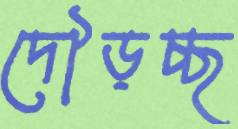
দৌড়চ্ছ